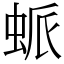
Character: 䖰